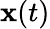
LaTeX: \mathbf{x}(t)